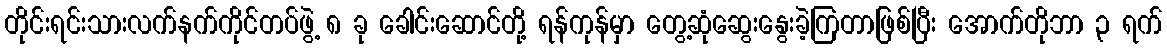
တိုင်းရင်းသားလက်နက်ကိုင်တပ်ဖွဲ့ ၈ ခု ခေါင်းဆောင်တို့ ရန်ကုန်မှာ တွေ့ဆုံဆွေးနွေးခဲ့ကြတာဖြစ်ပြီး အောက်တိုဘာ ၃ ရက်